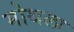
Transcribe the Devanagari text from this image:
मोथला